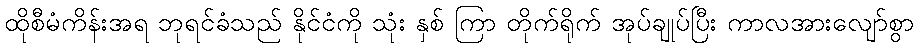
ထိုစီမံကိန်းအရ ဘုရင်ခံသည် နိုင်ငံကို သုံး နှစ် ကြာ တိုက်ရိုက် အုပ်ချုပ်ပြီး ကာလအားလျော်စွာ